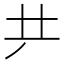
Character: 𠀗